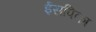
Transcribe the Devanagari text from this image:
ईसपिका